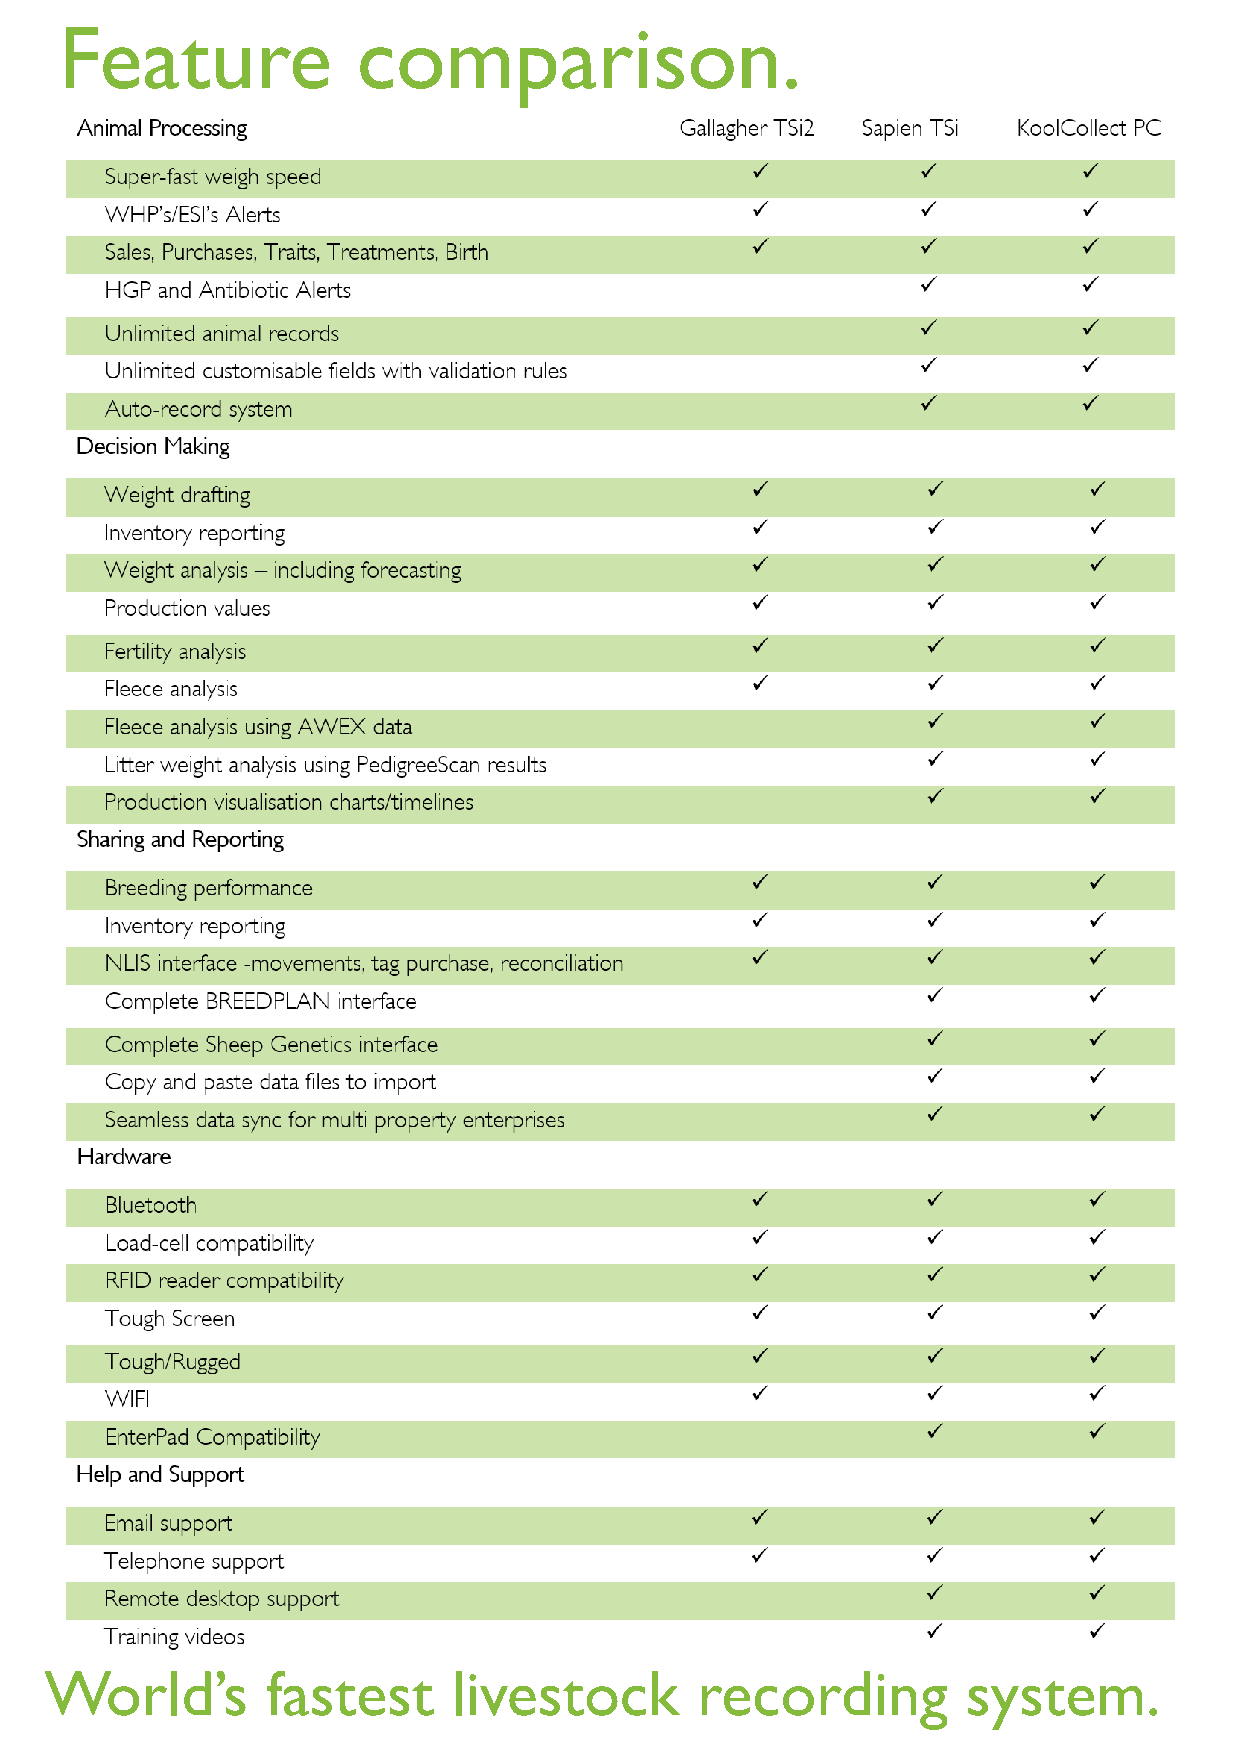
Feature             comparison.
 World’s        fastest     livestock       recording         system.